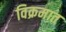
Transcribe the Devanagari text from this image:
विक्रमात